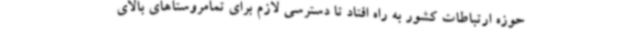
حوزه ارتباطات کشور به راه افتاد تا دسترسی لازم برای تمامروستاهای بالای